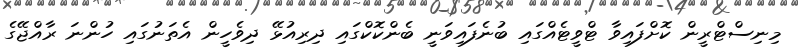
މިނިސްޓްރީން ކޮށްފައިވާ ޓްވީޓެއްގައި ބުނެފައިވަނީ ބެންކޮކްގައި ދިރިއުޅޭ ދިވެހީން އެތަނުގައި ހުންނަ ރާއްޖޭގެ